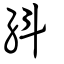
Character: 紏